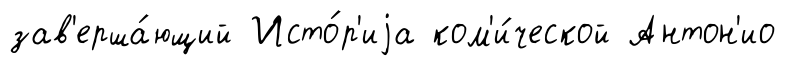
зав'ерша́ющий Исто́р'иjа ком'и́ческой Антон'ио